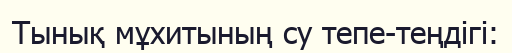
Тынық мұхитының су тепе-теңдігі: